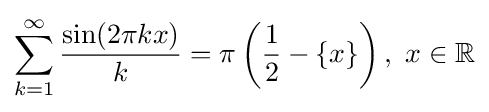
\sum _{k=1}^{\infty }{\frac {\sin(2\pi kx)}{k}}=\pi \left({\dfrac {1}{2}}-\{x\}\right),\ x\in \mathbb {R}